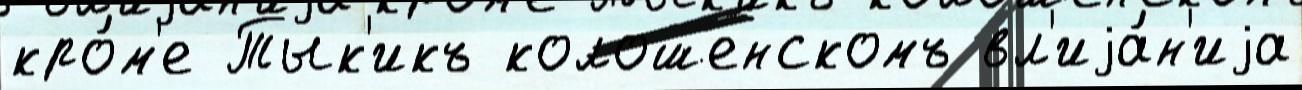
кро́м'е Тык'икъ колошенскомъ вл'иjа́н'иjа